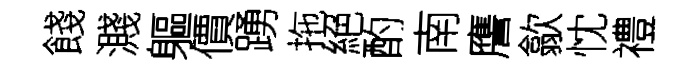
餞濺軀價踴拖絕酌南譍歙忱禮